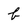
Character: b